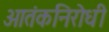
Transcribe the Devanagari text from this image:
आतंकनिरोधी